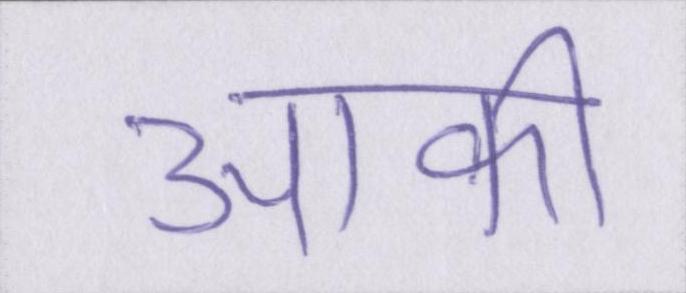
आकी